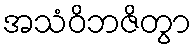
အသံဝိဘဇိတွာ